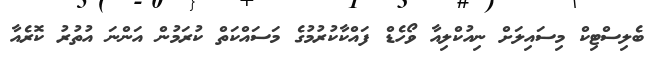
ބެލިސްޓިކް މިސައިލަށް ނިއުކްލިއާ ވޯހެޑް ފައްކާކުރުމުގެ މަސައްކަތް ކުރަމުން އަންނަ އުތުރު ކޮރެއާ